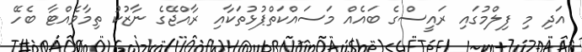
އަދި މި ފިލްމުގައި ރައީސްގެ ބައެއް މަސައްކަތްޕުޅުތަކާއި ރާއްޖޭގެ ނާޒުކު ތިމާވެއްޓާ ބެހޭ